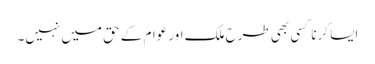
ایسا کرنا کسی بھی طرح ملک اور عوام کے حق میں نہیں۔